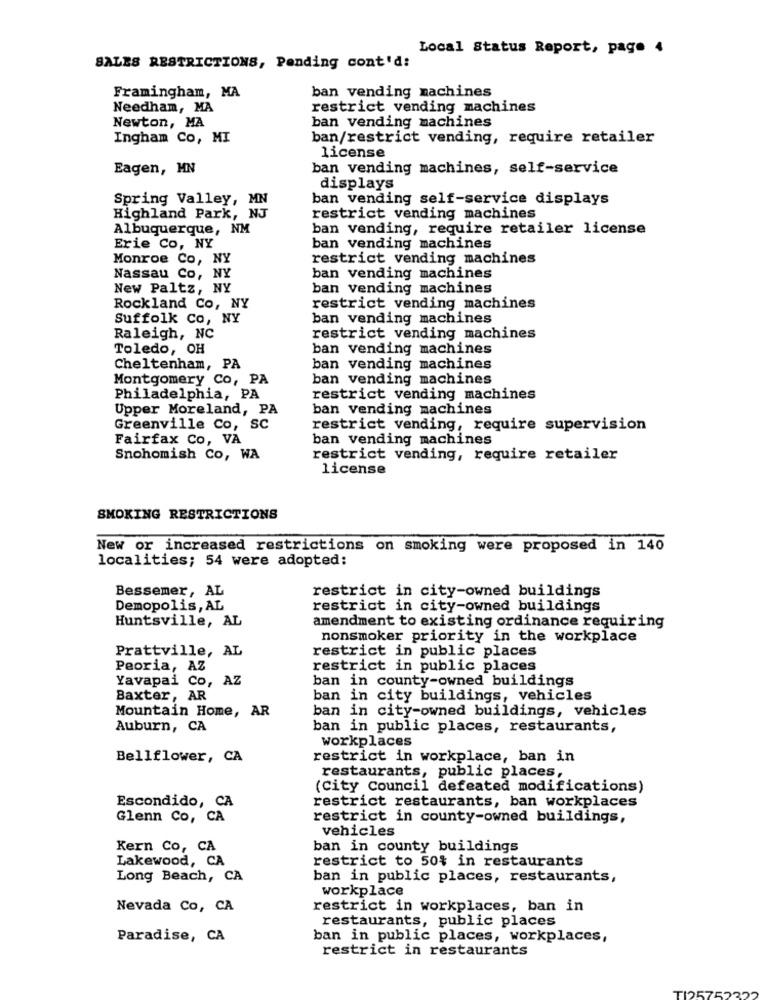
Local Status Report, page 4
SALES RESTRICTIONS, Pending cont'd:
ban vending machines
Framingham, MA
Needham, MA
restrict vending machines
ban vending machines
Newton, MA
Ingham Co, MI
ban/restrict vending, require retailer
license
Eagen, MN
ban vending machines, self-service
displays
Spring Valley, MN
ban vending self-service displays
Highland Park, NJ
restrict vending machines
Albuquerque, NM
ban vending, require retailer license
Erie Co, NY
ban vending machines
Monroe Co, NY
restrict vending machines
Nassau Co, NY
ban vending machines
New Paltz, NY
ban vending machines
Rockland Co, NY
restrict vending machines
Suffolk Co, NY
ban vending machines
Raleigh, NC
restrict vending machines
Toledo, OH
ban vending machines
Cheltenham, PA
ban vending machines
Montgomery Co, PA
ban vending machines
Philadelphia, PA
restrict vending machines
Upper Moreland, PA
ban vending machines
Greenville Co, SC
restrict vending, require supervision
Fairfax Co, VA
ban vending machines
Snohomish Co, WA
restrict vending, require retailer
license
SMOKING RESTRICTIONS
New or increased restrictions on smoking were proposed in 140
localities; 54 were adopted:
Bessemer, AL
restrict in city-owned buildings
Demopolis, AL
restrict in city-owned buildings
Huntsville, AL
amendment to existing ordinance requiring
nonsmoker priority in the workplace
Prattville, AL
restrict in public places
Peoria, AZ
restrict in public places
Yavapai Co, AZ
ban in county-owned buildings
Baxter, AR
ban in city buildings, vehicles
Mountain Home, AR
ban in city-owned buildings, vehicles
Auburn, CA
ban in public places, restaurants,
workplaces
Bellflower, CA
restrict in workplace, ban in
restaurants, public places,
(City Council defeated modifications)
Escondido, CA
restrict restaurants, ban workplaces
Glenn Co, CA
restrict in county-owned buildings,
vehicles
Kern Co, CA
ban in county buildings
Lakewood, CA
restrict to 50% in restaurants
Long Beach, CA
ban in public places, restaurants,
workplace
Nevada Co, CA
restrict in workplaces, ban in
restaurants, public places
Paradise, CA
ban in public places, workplaces,
restrict in restaurants
575